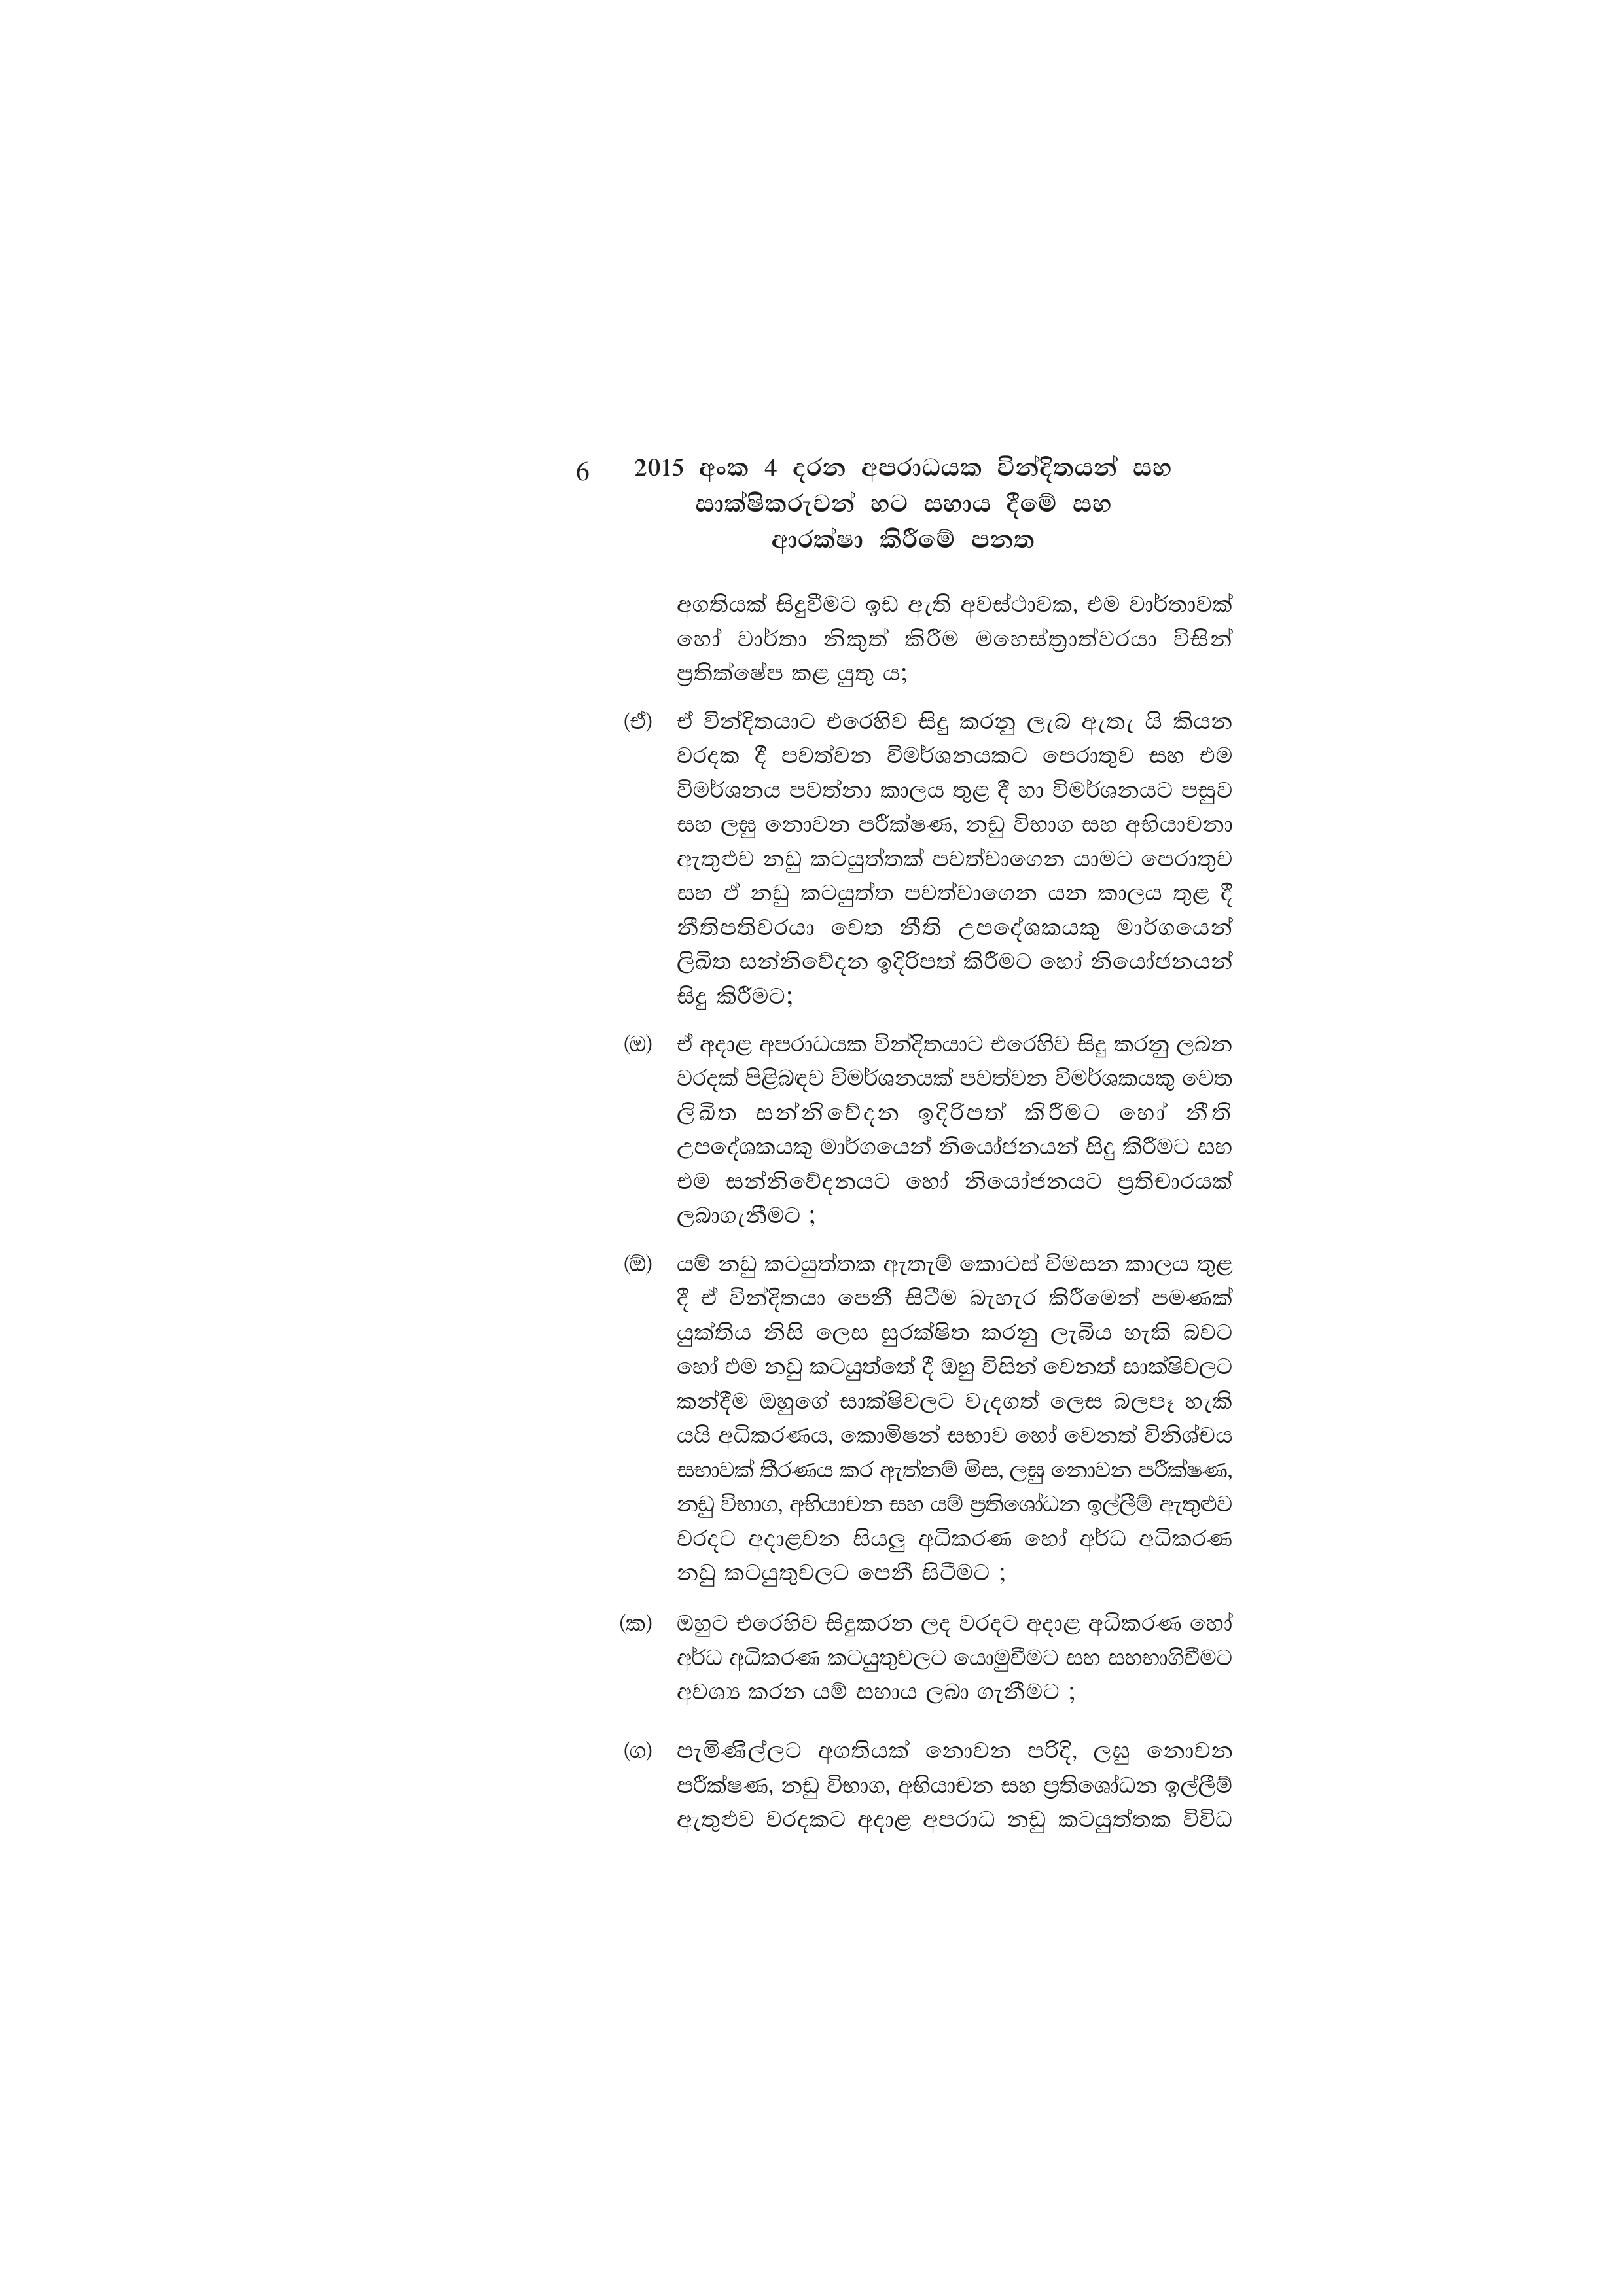
6 2015 අංක 4 දරන අපරාධයක වින්දිතයන් සහ
සාක්ෂිකරුවන් හට සහාය දීමේ සහ
ආරක්ෂා කිරීමේ පනත

අගතියක් සිදුවීමට ඉඩ ඇති අවස්ථාවක, එම වාර්තාවක්
හෝ වාර්තා නිකුත් කිරීම මහෙස්ත්‍රාත්වරයා විසින්
ප්‍රතික්ෂේප කළ යුතු ය;

(ඒ) ඒ වින්දිතයාට එරෙහිව සිදු කරනු ලැබ ඇතැ යි කියන
වරදක දී පවත්වන විමර්ශනයකට පෙරාතුව සහ එම
විමර්ශනය පවත්නා කාලය තුළ දී හා විමර්ශනයට පසුව
සහ ලඝු නොවන පරීක්ෂණ, නඩු විභාග සහ අභියාචනා
ඇතුළුව නඩු කටයුත්තක් පවත්වාගෙන යාමට පෙරාතුව
සහ ඒ නඩු කටයුත්ත පවත්වාගෙන යන කාලය තුළ දී
නීතිපතිවරයා වෙත නීති උපදේශකයකු මාර්ගයෙන්
ලිඛිත සන්නිවේදන ඉදිරිපත් කිරීමට හෝ නියෝජනයන්
සිදු කිරීමට;

(ඔ) අදාළ අපරාධයක වින්දිතයාට එරෙහිව සිදු කරනු ලබන
වරදක් පිළිබඳව විමර්ශනයක් පවත්වන විමර්ශකයකු වෙත
ලිඛිත සන්නිවේදන ඉදිරිපත් කිරීමට හෝ නීති
උපදේශකයකු මාර්ගයෙන් නියෝජනයන් සිදු කිරීමට සහ
එම සන්නිවේදනයට හෝ නියෝජනයට ප්‍රතිචාරයක්
ලබාගැනීමට ;

(ඕ) යම් නඩු කටයුත්තක ඇතැම් කොටස් විමසන කාලය තුළ
දී ඒ වින්දිතයා පෙනී සිටීම බැහැර කිරීමෙන් පමණක්
යුක්තිය නිසි ලෙස සුරක්ෂිත කරනු ලැබිය හැකි බවට
හෝ එම නඩු කටයුත්තේ දී ඔහු විසින් වෙනත් සාක්ෂිවලට
කන්දීම ඔහුගේ සාක්ෂිවලට වැදගත් ලෙස බලපෑ හැකි
යයි අධිකරණය, කොමිෂන් සභාව හෝ වෙනත් විනිශ්චය
සභාවක් තීරණය කර ඇත්නම් මිස, ලඝු නොවන පරීක්ෂණ,
නඩු විභාග, අභියාචන සහ යම් ප්‍රතිශෝධන ඉල්ලීම් ඇතුළුව
වරදට අදාළවන සියලු අධිකරණ හෝ අර්ධ අධිකරණ
නඩු කටයුතුවලට පෙනී සිටීමට ;

(ක) ඔහුට එරෙහිව සිදුකරන ලද වරදට අදාළ අධිකරණ හෝ
අර්ධ අධිකරණ කටයුතුවලට යොමුවීමට සහ සහභාගිවීමට
අවශ්‍ය කරන යම් සහාය ලබා ගැනීමට ;

(ග) පැමිණිල්ලට අගතියක් නොවන පරිදි, ලඝු නොවන
පරීක්ෂණ, නඩු විභාග, අභියාචන සහ ප්‍රතිශෝධන ඉල්ලීම්
ඇතුළුව වරදකට අදාළ අපරාධ නඩු කටයුත්තක විවිධ